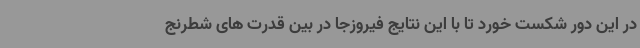
در این دور شکست خورد تا با این نتایج فیروزجا در بین قدرت های شطرنج